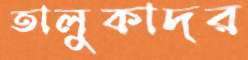
তালুকাদর